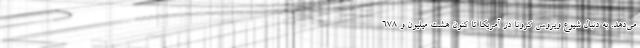
می‌دهد. به دنبال شیوع ویروس کرونا در آمریکا تا کنون هشت میلیون و ۶۷۸